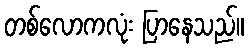
တစ်လောကလုံး ပြာနေသည်။